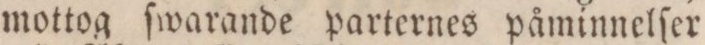
mottog ſwarande parternes påminnelſer